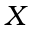
X